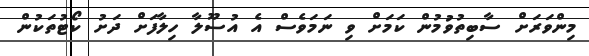
މިންވަރަށް ސާބިތުވުމުން ކަމަށް ވި ނަމަވެސް އެ އުސޫލާ ހިލާފަށް ދަށު ކޯޓުތަކުން